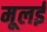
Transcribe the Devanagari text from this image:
मूलई